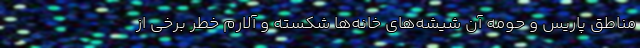
مناطق پاریس و حومه آن شیشه‌های خانه‌ها شکسته و آلارم خطر برخی از